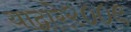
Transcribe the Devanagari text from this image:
याद्वारे२००९